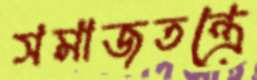
সমাজতন্ত্রে